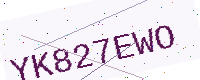
Text: YK827EWO